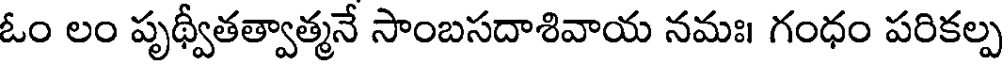
ఓం లం పృథ్వీతత్వాత్మనే సాంబసదాశివాయ నమః। గంధం పరికల్ప